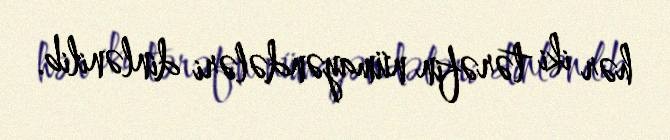
hər iki tərəfin nümayəndələri dinlənilib.